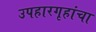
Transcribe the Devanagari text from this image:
उपहारगृहांचा